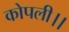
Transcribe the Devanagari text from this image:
कोपली।।